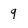
Character: 9